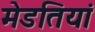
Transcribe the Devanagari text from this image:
मेडतियां